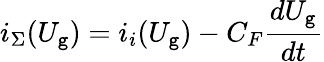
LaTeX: i_{\Sigma}(U_{\mathtt{g}})=i_{i}(U_{\mathtt{g}})-C_{F}{\frac{{dU_{\mathtt{g}}}}{{dt}}}